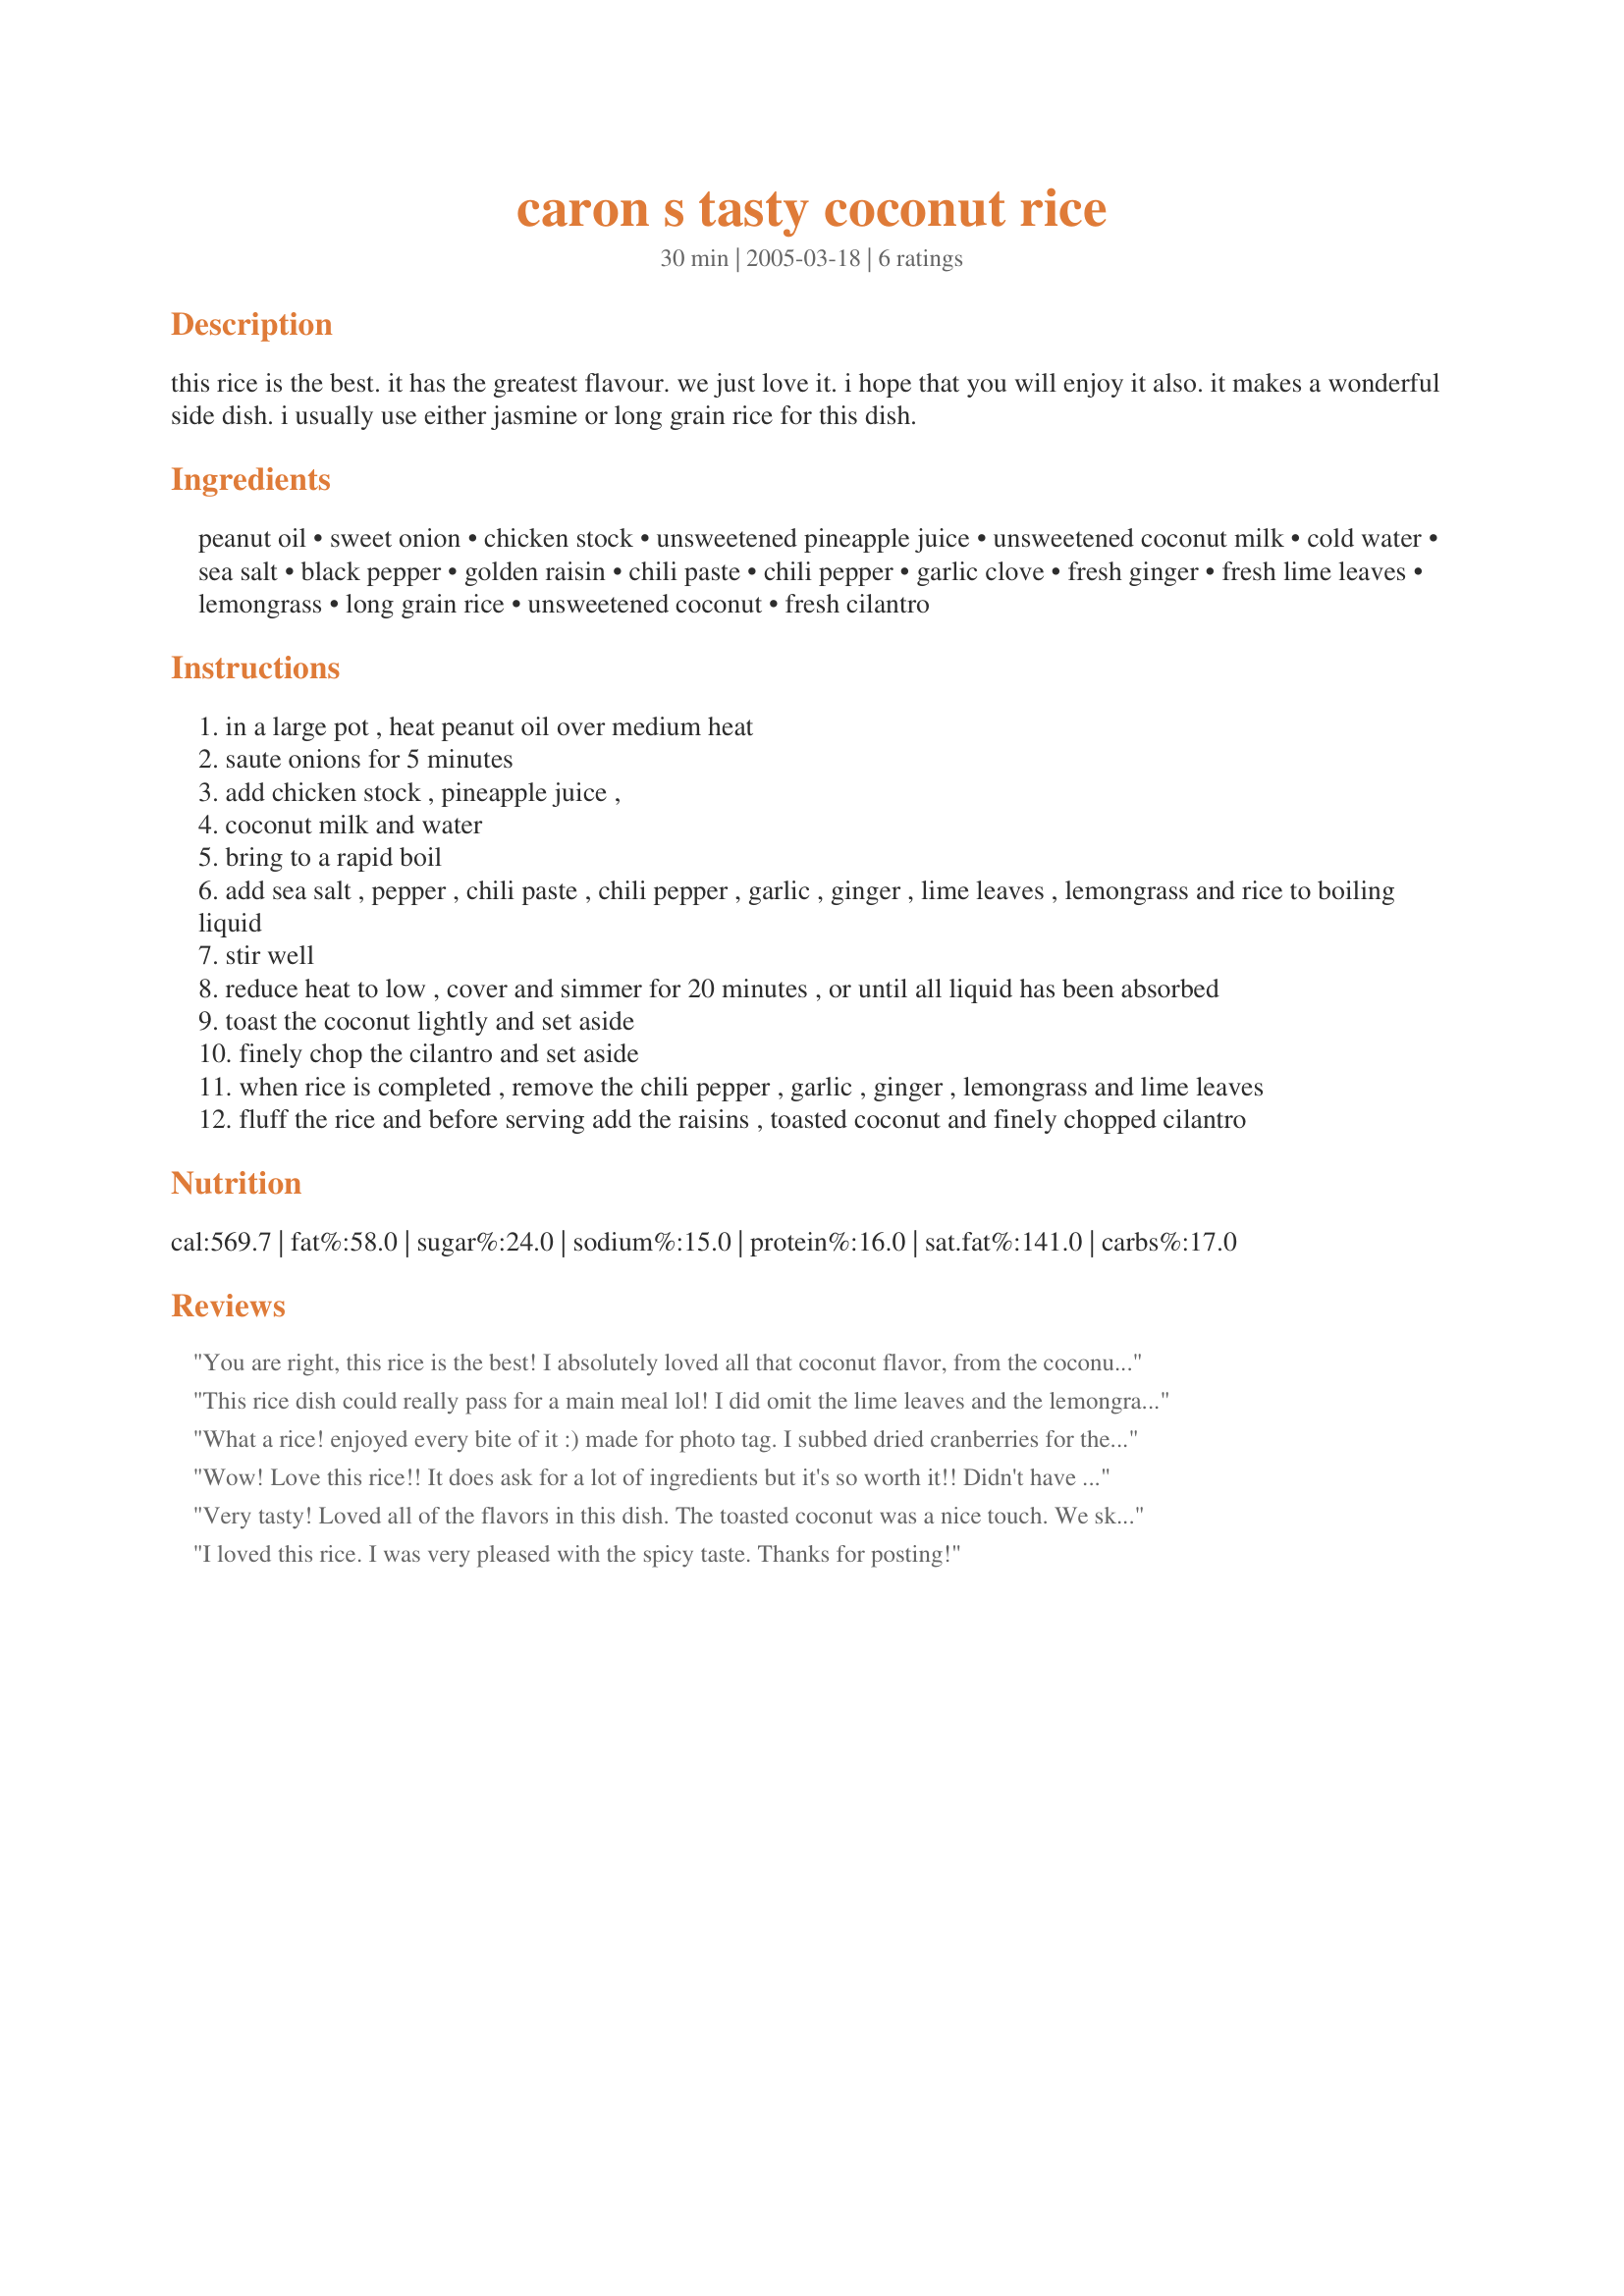
caron s tasty coconut rice
Preparation time: 30 minutes

this rice is the best. it has the greatest flavour. we just love it. i hope that you will enjoy it also. it makes a wonderful side dish. i usually use either jasmine or long grain rice for this dish.

Ingredients:
peanut oil, sweet onion, chicken stock, unsweetened pineapple juice, unsweetened coconut milk, cold water, sea salt, black pepper, golden raisin, chili paste, chili pepper, garlic clove, fresh ginger, fresh lime leaves, lemongrass, long grain rice, unsweetened coconut, fresh cilantro

Steps:
in a large pot , heat peanut oil over medium heat
saute onions for 5 minutes
add chicken stock , pineapple juice ,
coconut milk and water
bring to a rapid boil
add sea salt , pepper , chili paste , chili pepper , garlic , ginger , lime leaves , lemongrass and rice to boiling liquid
stir well
reduce heat to low , cover and simmer for 20 minutes , or until all liquid has been absorbed
toast the coconut lightly and set aside
finely chop the cilantro and set aside
when rice is completed , remove the chili pepper , garlic , ginger , lemongrass and lime leaves
fluff the rice and before serving add the raisins , toasted coconut and finely chopped cilantro

Reviews:
You are right, this rice is the best! I absolutely loved all that coconut flavor, from the coconut milk (I used the lite version) and toasted coconut...yum! I also really loved the heat from the chili pepper and chili paste. The flavors combine beautiuflly with jasmine rice. Don't skip the cilantro topping, it works sooooo well with this rice. Note: Next time, I need to leave my lemongrass in bigger pieces, I chopped mine too small and couldn't extract them before serving. Thanks for a delicious side dish! Made for ZWT7 for the Golden Gourmets.
This rice dish could really pass for a main meal lol! I did omit the lime leaves and the lemongrass and used Canola oil in place of peanut oil, I used 2 small halapeno peppers in place of the chili pepper, this is one of the better rice dishes that I have made, it's just delicious! thanks Baby K!...Kitten:)
What a rice! enjoyed every bite of it :) made for photo tag.

I subbed dried cranberries for the raisins but otherwise kept it the same
Wow! Love this rice!! It does ask for a lot of ingredients but it's so worth it!! Didn't have lime leaves and used sweetened coconut (because that's all I had!). Thanks Baby Kato for a great rice recipe!!
Very tasty! Loved all of the flavors in this dish. The toasted coconut was a nice touch. We skipped the raisins, though. Just the right amount of "heat" in this for us. Great with a Steak and Halibut surf-n-turf dinner. Made for ZWT 7.
I loved this rice. I was very pleased with the spicy taste. Thanks for posting!
